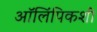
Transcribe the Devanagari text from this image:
ऑलिंपिकशी